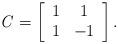
LaTeX: \begin{align*}{\it C} = \left[ \begin{array} {cccccccc}1&1\\1&-1\\\end{array} \right].\end{align*}